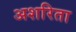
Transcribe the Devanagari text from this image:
अशरिता